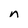
Character: n